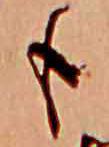
も